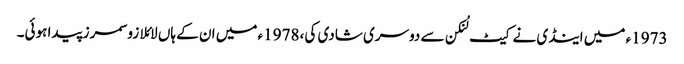
1973ء میں اینڈی نے کیٹ لُنکن سے دوسری شادی کی، 1978ء میں ان کے ہاں لائلا زو سمرز پیدا ہوئی۔